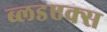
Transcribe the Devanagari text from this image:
ब्लडएक्स